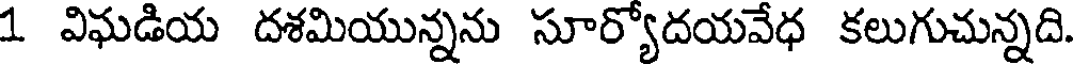
1 విఘడియ దశమియున్నను సూర్యోదయవేధ కలుగుచున్నది.